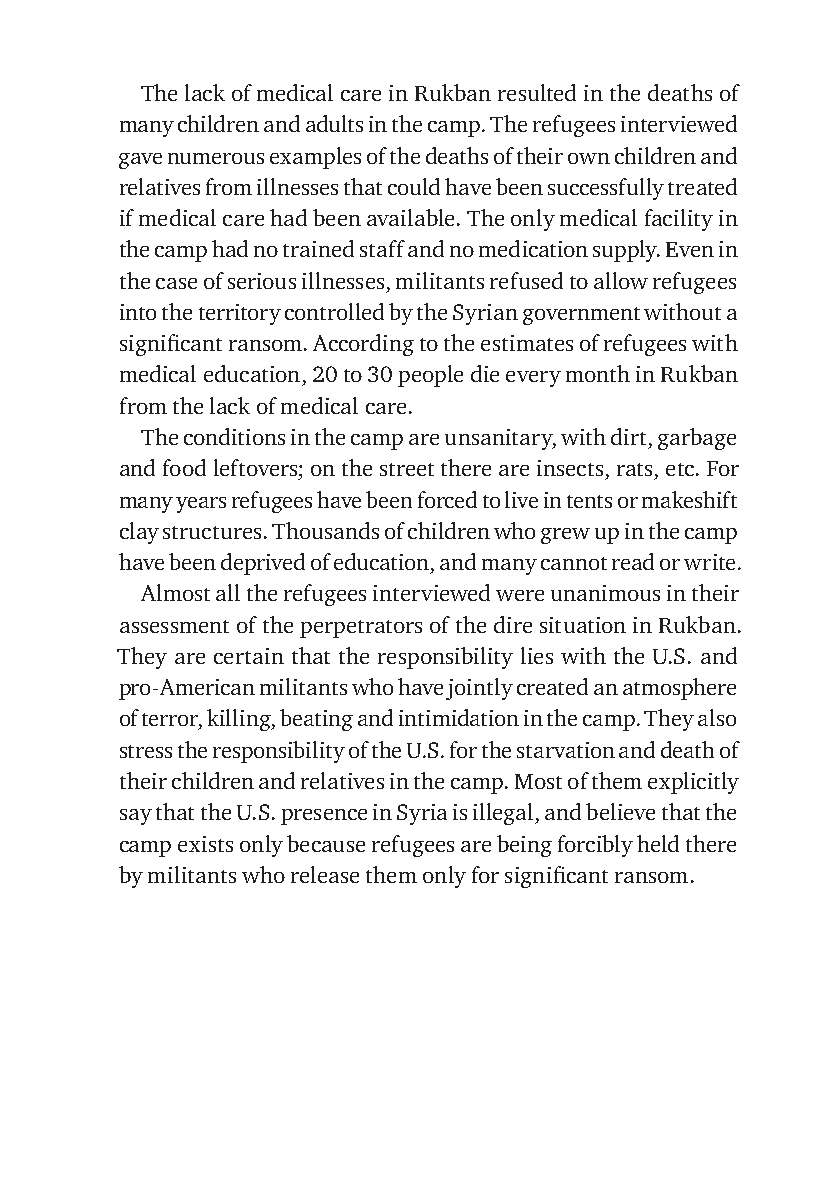
The lack of medical care in Rukban resulted in the deaths of
 many children and adults in the camp. The refugees interviewed
 gave numerous examples of the deaths of their own children and
 relatives from illnesses that could have been successfully treated
 if medical care had been available. The only medical facility in
 the camp had no trained staff and no medication supply. Even in
 the case of serious illnesses, militants refused to allow refugees
 into the territory controlled by the Syrian government without a
 signifi cant ransom. According to the estimates of refugees with
 medical education, 20 to 30 people die every month in Rukban
 from the lack of medical care.
 The conditions in the camp are unsanitary, with dirt, garbage
 and food leftovers; on the street there are insects, rats, etc. For
 many years refugees have been forced to live in tents or makeshift
 clay structures. Thousands of children who grew up in the camp
 have been deprived of education, and many cannot read or write.
 Almost all the refugees interviewed were unanimous in their
 assessment of the perpetrators of the dire situation in Rukban.
 They are certain that the responsibility lies with the U.S. and
 pro-American militants who have jointly created an atmosphere
 of terror, killing, beating and intimidation in the camp. They also
 stress the responsibility of the U.S. for the starvation and death of
 their children and relatives in the camp. Most of them explicitly
 say that the U.S. presence in Syria is illegal, and believe that the
 camp exists only because refugees are being forcibly held there
 by militants who release them only for signifi cant ransom.